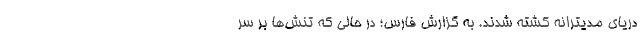
دریای مدیترانه کشته شدند. به گزارش فارس؛ در حالی که تنش‌ها بر سر